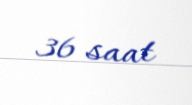
36 saat